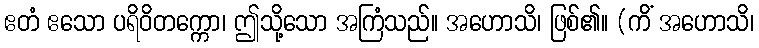
ဧတံ ဧသော ပရိဝိတက္ကော၊ ဤသို့သော အကြံသည်။ အဟောသိ၊ ဖြစ်၏။ (ကိံ အဟောသိ၊